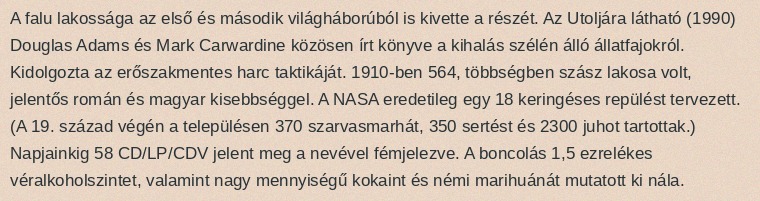
A falu lakossága az első és második világháborúból is kivette a részét. Az Utoljára látható (1990) Douglas Adams és Mark Carwardine közösen írt könyve a kihalás szélén álló állatfajokról. Kidolgozta az erőszakmentes harc taktikáját. 1910-ben 564, többségben szász lakosa volt, jelentős román és magyar kisebbséggel. A NASA eredetileg egy 18 keringéses repülést tervezett. (A 19. század végén a településen 370 szarvasmarhát, 350 sertést és 2300 juhot tartottak.) Napjainkig 58 CD/LP/CDV jelent meg a nevével fémjelezve. A boncolás 1,5 ezrelékes véralkoholszintet, valamint nagy mennyiségű kokaint és némi marihuánát mutatott ki nála.